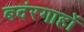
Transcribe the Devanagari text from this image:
बदंरगाहों